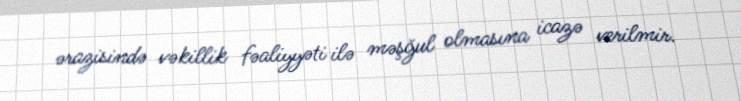
ərazisində vəkillik fəaliyyəti ilə məşğul olmasına icazə verilmir.